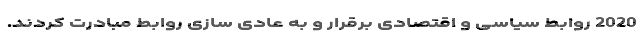
2020 روابط سیاسی و اقتصادی برقرار و به عادی سازی روابط مبادرت کردند.